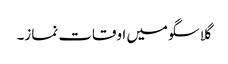
گلاسگو میں اوقات نماز۔